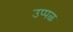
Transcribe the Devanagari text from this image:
उप्पळ